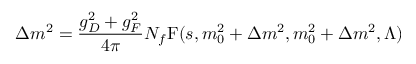
\Delta m ^ { 2 } = \frac { g _ { D } ^ { 2 } + g _ { F } ^ { 2 } } { 4 \pi } N _ { f } \mathrm { F } ( s , m _ { 0 } ^ { 2 } + \Delta m ^ { 2 } , m _ { 0 } ^ { 2 } + \Delta m ^ { 2 } , \Lambda )